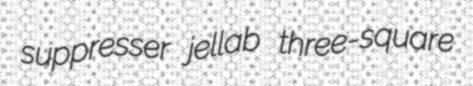
suppresser jellab three-square